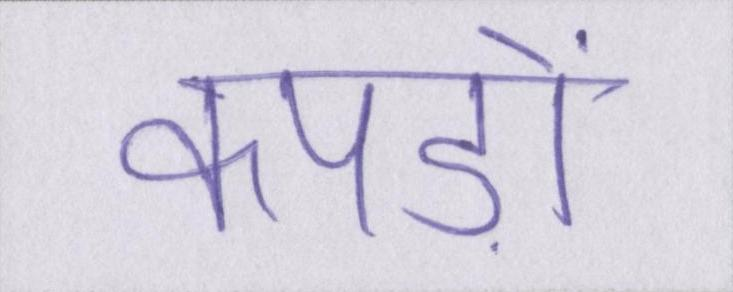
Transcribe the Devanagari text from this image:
कपड़ों